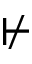
\nvdash